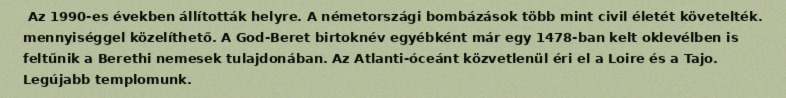
Az 1990-es években állították helyre. A németországi bombázások több mint civil életét követelték. mennyiséggel közelíthető. A God-Beret birtoknév egyébként már egy 1478-ban kelt oklevélben is feltűnik a Berethi nemesek tulajdonában. Az Atlanti-óceánt közvetlenül éri el a Loire és a Tajo. Legújabb templomunk.